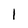
Character: I